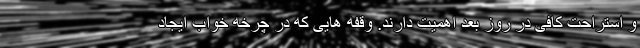
و استراحت کافی در روز بعد اهمیت دارند. وقفه هایی که در چرخه خواب ایجاد